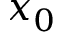
x _ { 0 }